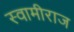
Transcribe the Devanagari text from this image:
स्वामीराज